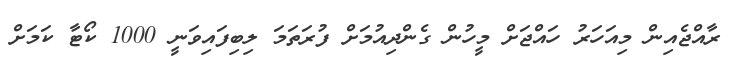
ރާއްޖެއިން މިއަހަރު ހައްޖަށް މީހުން ގެންދިއުމަށް ފުރަތަމަ ލިބިފައިވަނީ 1000 ކޯޓާ ކަމަށް